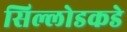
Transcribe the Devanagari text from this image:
सिल्लोडकडे